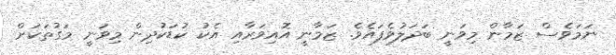
ނަމަވެސް ޒަމާން މިވަނީ ބަދަލުވެފައެވެ. ޒަމާނީ އޮއިވަރާއި އެކު ކުޑަކުދިން މިވަނީ މަގުތަކަށް